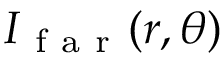
I _ { \mathrm { ~ f ~ a ~ r ~ } } ( r , \theta )